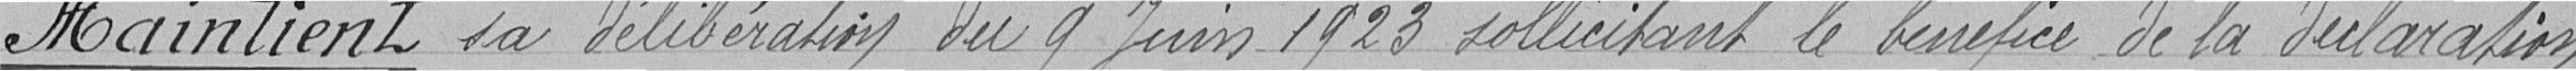
Maintient sa délibération du 9 juin 1923 sollicitant le bénéfice de la déclaration